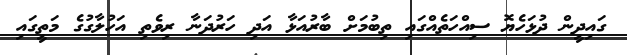
ގައިދީން ދުޅަހެޔޮ ސިއްހަތެއްގައި ތިބުމަށް ބާރުއަޅާ އަދި ހަރުދަނާ ރިވެތި އަހުލާގުގެ މަތީގައި